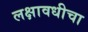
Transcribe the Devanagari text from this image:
लक्षावधीचा